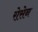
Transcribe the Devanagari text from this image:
रोसेन